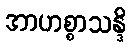
အာဟစ္စာသန္ဒိ